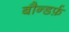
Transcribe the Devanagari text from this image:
बौन्डर्फ़